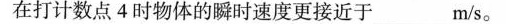
在打计数点4时物体的瞬时速度更接近于 m/s。